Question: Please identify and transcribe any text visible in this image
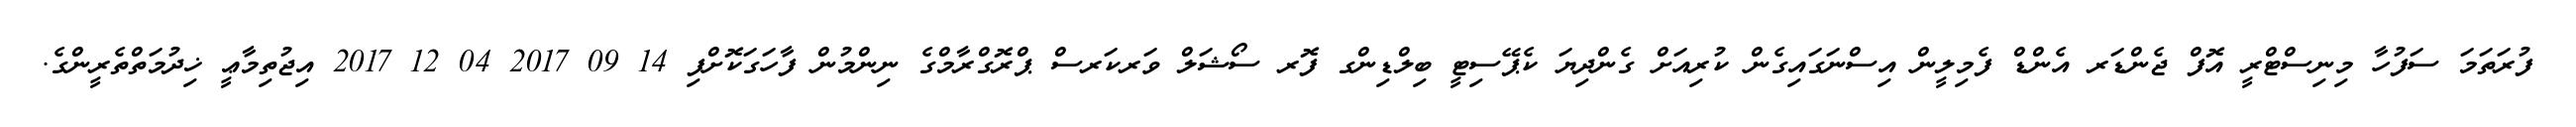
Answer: ފުރަތަމަ ސަފުހާ މިނިސްޓްރީ އޮފް ޖެންޑަރ އެންޑް ފެމިލީން އިސްނަގައިގެން ކުރިއަށް ގެންދިޔަ ކެޕޭސިޓީ ބިލްޑިންގ ފޮރ ސޯޝަލް ވަރކަރސް ޕްރޮގްރާމްގެ ނިންމުން ފާހަގަކޮށްފި 14 09 2017 04 12 2017 އިޖުތިމާޢީ ޚިދުމަތްތެރީންގެ.